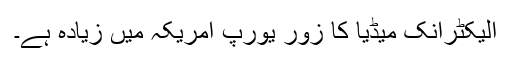
الیکٹرانک میڈیا کا زور یورپ امریکہ میں زیادہ ہے۔